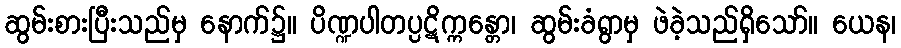
ဆွမ်းစားပြီးသည်မှ နောက်၌။ ပိဏ္ဍပါတပ္ပဋိက္ကန္တော၊ ဆွမ်းခံရွာမှ ဖဲခဲ့သည်ရှိသော်။ ယေန၊